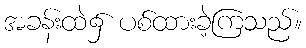
အခန်းထဲ၌ ပစ်ထားခဲ့ကြသည်။